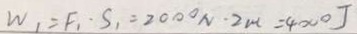
W _ { 1 } = F _ { 1 } \cdot S _ { 1 } = 2 0 0 0 N \cdot 2 m = 4 0 0 0 J